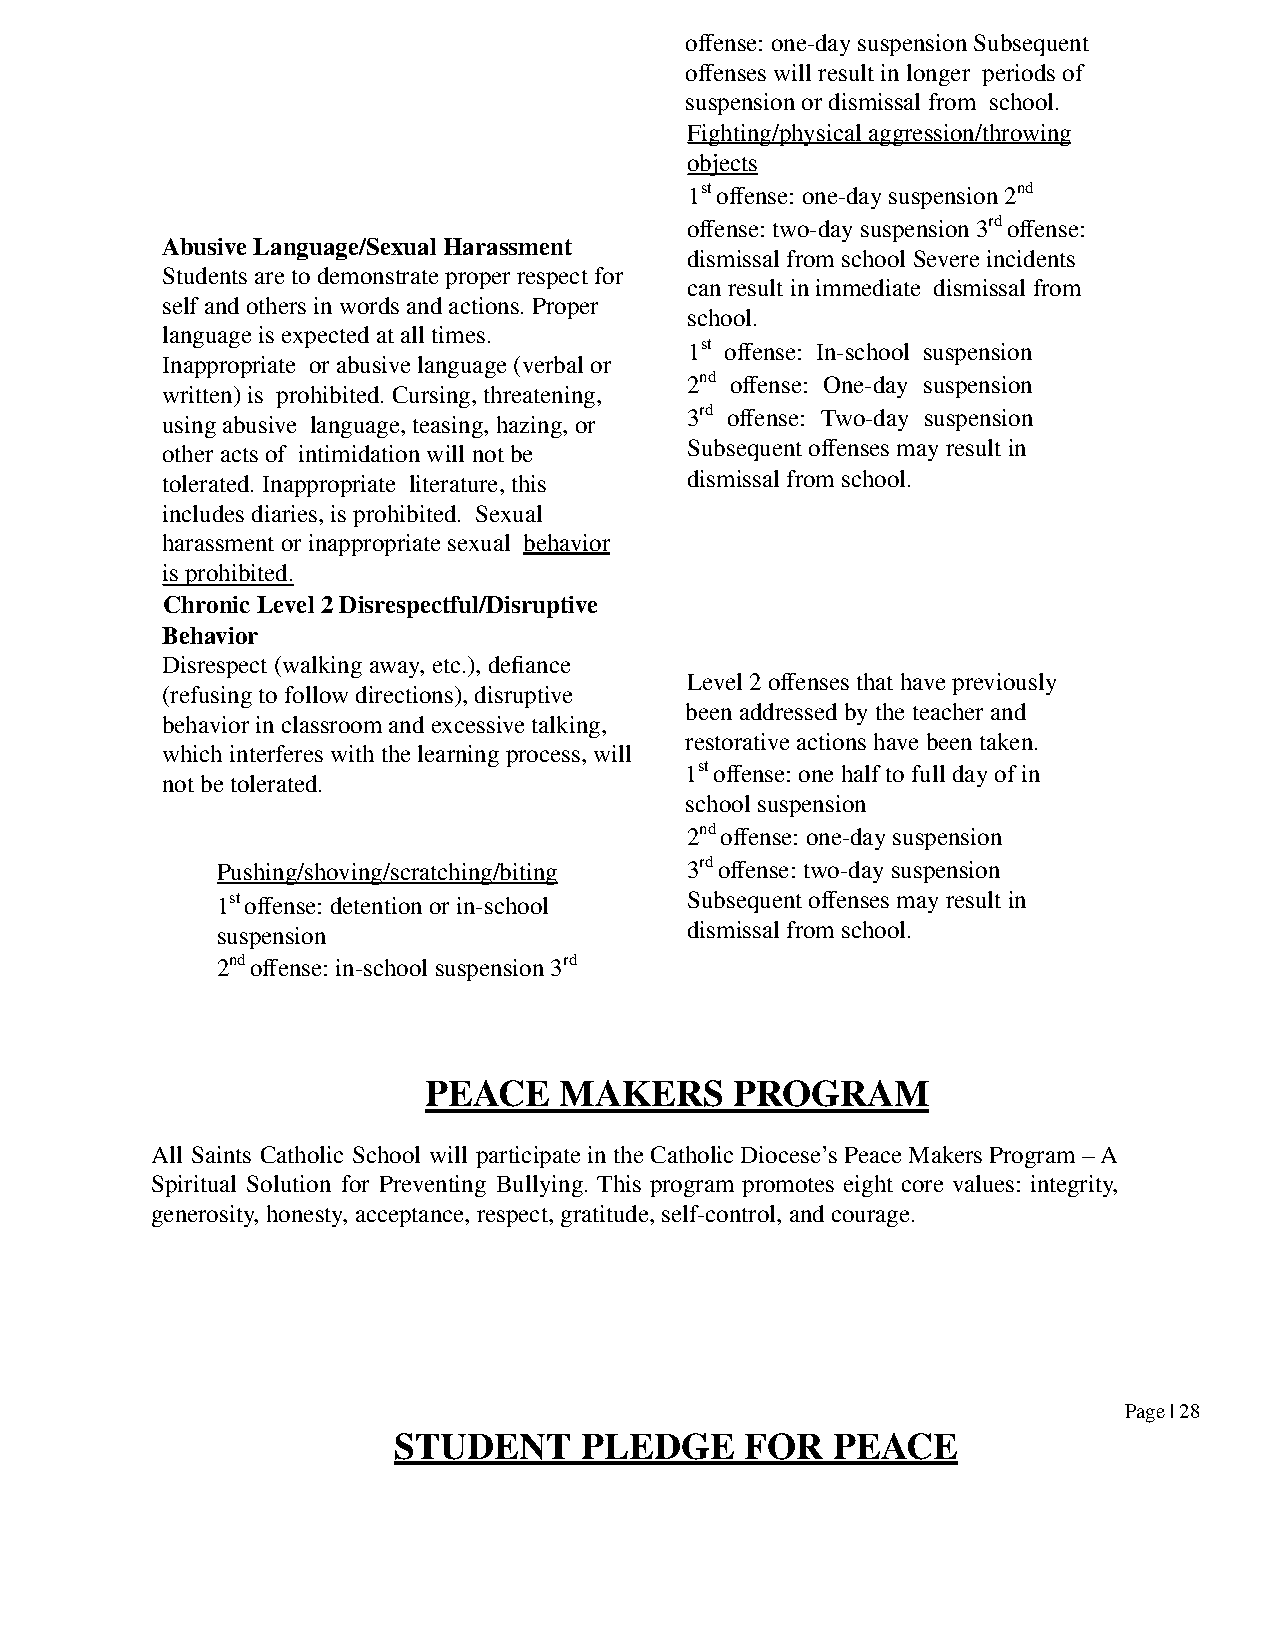
offense: one-day suspension Subsequent
 offenses will result in longer periods of
 suspension or dismissal from school.
 Fighting/physical aggression/throwing
 objects
 1stoffense: one-day suspension 2nd
 offense: two-day suspension 3rdoffense:
 Abusive Language/Sexual Harassment
 dismissal from school Severe incidents
 Students are to demonstrate proper respect for
 can result in immediate dismissal from
 self and others in words and actions. Proper
 school.
 language is expected at all times.
 1st offense: In-school suspension
 Inappropriate or abusive language (verbal or
 2nd offense: One-day suspension
 written) is prohibited. Cursing, threatening,
 3rd offense: Two-day suspension
 using abusive language, teasing, hazing, or
 other acts of intimidation will not be Subsequent offenses may result in
 tolerated. Inappropriate literature, this dismissal from school.
 includes diaries, is prohibited. Sexual
 harassment or inappropriate sexual behavior
 is prohibited.
 Chronic Level 2 Disrespectful/Disruptive
 Behavior
 Disrespect (walking away, etc.), defiance
 Level 2 offenses that have previously
 (refusing to follow directions), disruptive
 been addressed by the teacher and
 behavior in classroom and excessive talking,
 restorative actions have been taken.
 which interferes with the learning process, will
 1stoffense: one half to full day of in
 not be tolerated.
 school suspension
 2ndoffense: one-day suspension
 Pushing/shoving/scratching/biting 3rdoffense: two-day suspension
 1stoffense: detention or in-school Subsequent offenses may result in
 suspension                     dismissal from school.
 2ndoffense: in-school suspension 3rd
 PEACE    MAKERS      PROGRAM
 All Saints Catholic School will participate in the Catholic Diocese’s Peace Makers Program –A
 Spiritual Solution for Preventing Bullying. This program promotes eight core values: integrity,
 generosity, honesty, acceptance, respect, gratitude, self-control, and courage.
 Page | 28
 STUDENT     PLEDGE     FOR   PEACE